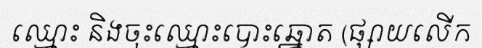
ឈ្មោះ និងចុះឈ្មោះបោះឆ្នោត (ផ្សាយលើក